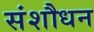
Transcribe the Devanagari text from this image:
संशौधन